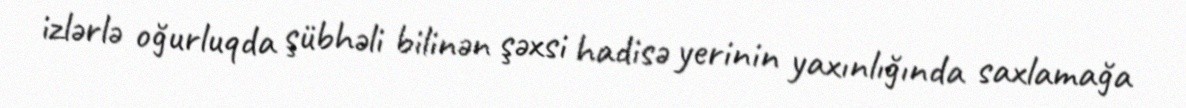
izlərlə oğurluqda şübhəli bilinən şəxsi hadisə yerinin yaxınlığında saxlamağa